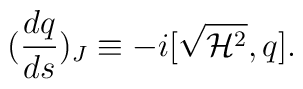
(\frac{dq}{ds })_J \equiv -i[ \sqrt{{\cal H}^2},q ].